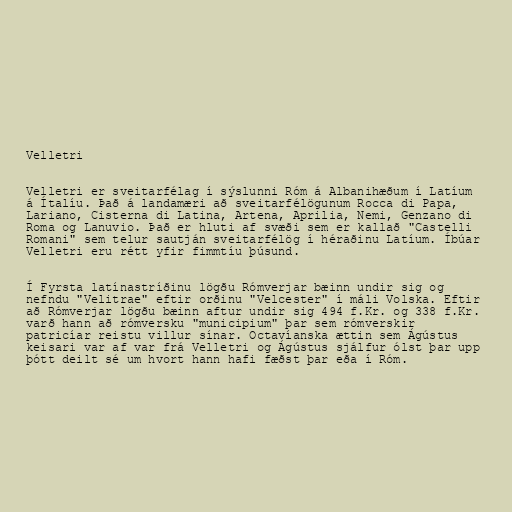
Velletri

Velletri er sveitarfélag í sýslunni Róm á Albanihæðum í Latíum
á Ítalíu. Það á landamæri að sveitarfélögunum Rocca di Papa,
Lariano, Cisterna di Latina, Artena, Aprilia, Nemi, Genzano di
Roma og Lanuvio. Það er hluti af svæði sem er kallað "Castelli
Romani" sem telur sautján sveitarfélög í héraðinu Latíum. Íbúar
Velletri eru rétt yfir fimmtíu þúsund.

Í Fyrsta latínastríðinu lögðu Rómverjar bæinn undir sig og
nefndu "Velitrae" eftir orðinu "Velcester" í máli Volska. Eftir
að Rómverjar lögðu bæinn aftur undir sig 494 f.Kr. og 338 f.Kr.
varð hann að rómversku "municipium" þar sem rómverskir
patricíar reistu villur sínar. Octavíanska ættin sem Ágústus
keisari var af var frá Velletri og Ágústus sjálfur ólst þar upp
þótt deilt sé um hvort hann hafi fæðst þar eða í Róm.